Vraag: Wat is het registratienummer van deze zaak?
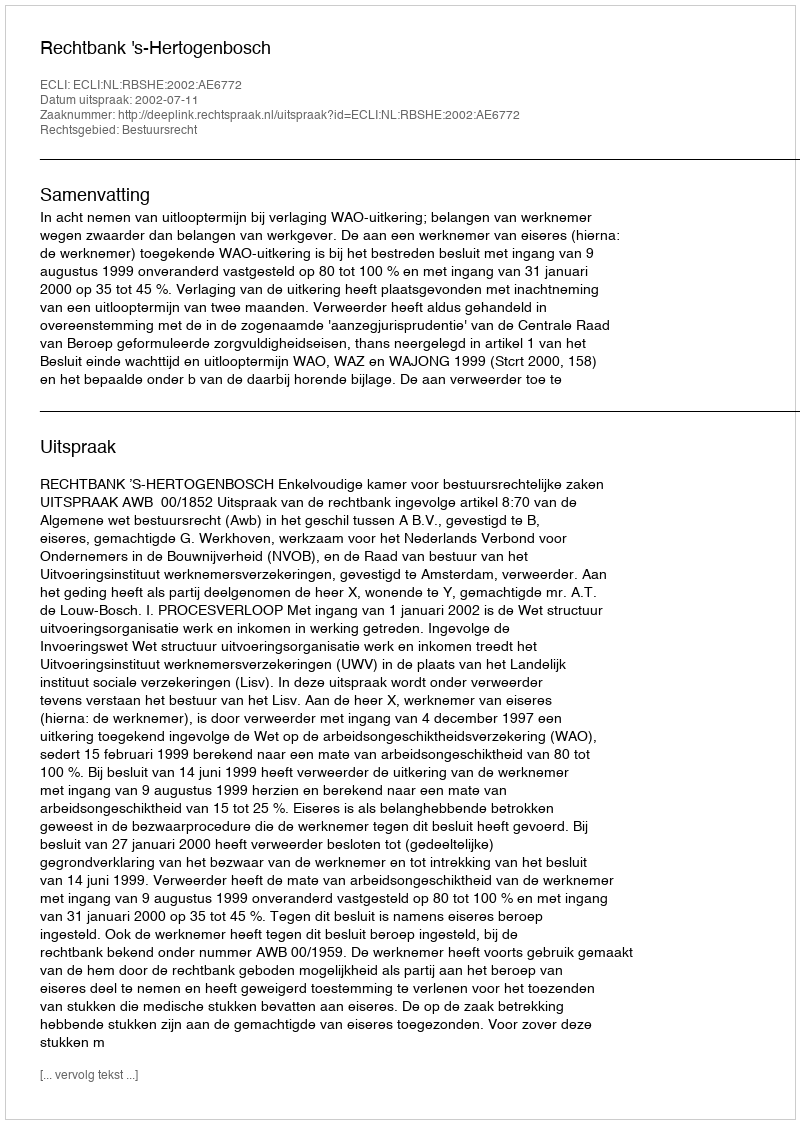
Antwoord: http://deeplink.rechtspraak.nl/uitspraak?id=ECLI:NL:RBSHE:2002:AE6772